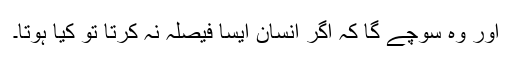
اور وہ سوچے گا کہ اگر انسان ایسا فیصلہ نہ کرتا تو کیا ہوتا۔